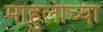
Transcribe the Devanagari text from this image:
माहुलीच्या